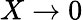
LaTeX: X\rightarrow 0